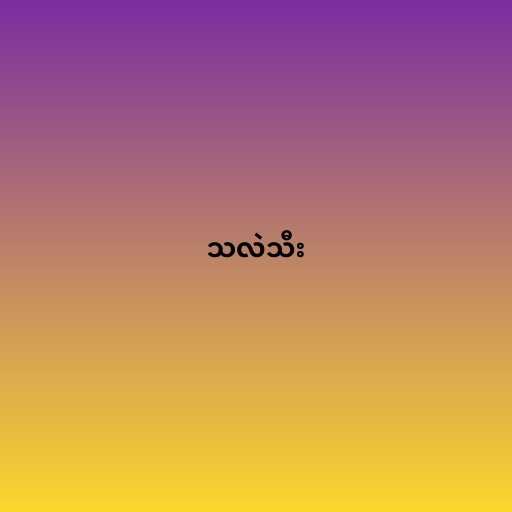
သလဲသီး